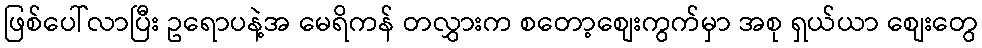
ဖြစ်ပေါ်လာပြီး ဥရောပနဲ့အ မေရိကန် တလွှားက စတော့စျေးကွက်မှာ အစု ရှယ်ယာ စျေးတွေ